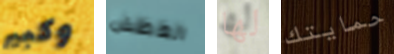
وكبير العطش لها حمايتك